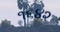
૧૬૪૨